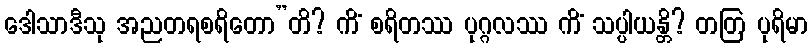
ဒေါသာဒီသု အညတရစရိတော”တိ? ကိံ စရိတဿ ပုဂ္ဂလဿ ကိံ သပ္ပါယန္တိ? တတြ ပုရိမာ